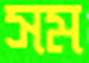
সম